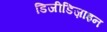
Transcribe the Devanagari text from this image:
डिजीडिज़ाइन